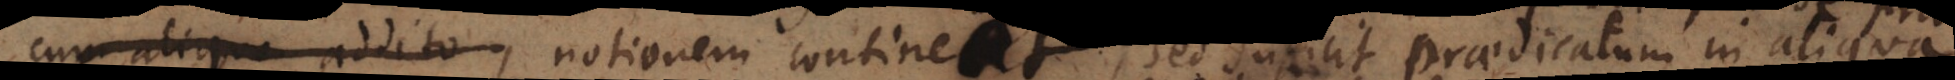
praedicati notionem contineat, sed sufficit praedicatum in aliqua